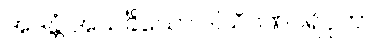
အဒန္တံ အသင်္ခိယော ဒါသိဂဏပရိဝုတာ